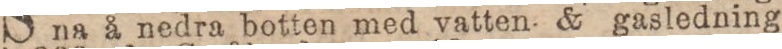
na å nedra botten med vatten & gasledning